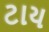
ટાય